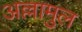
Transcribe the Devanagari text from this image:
अल्लामुल